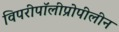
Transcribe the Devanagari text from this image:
विपरीपॉलीप्रोपीलीन